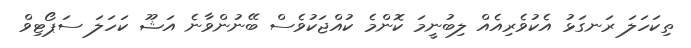
ތިކަހަލަ ރަނގަޅު އެކުވެރިއެއް ލިބުނީމަ ކޮންމެ ކުއްޖަކުވެސް ބޭނުންވާނެ އަޝޫ ކަހަލަ ސަޕޯޓިވް